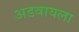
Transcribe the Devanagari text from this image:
अडवायला